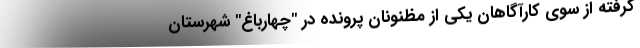
گرفته از سوی کارآگاهان یکی از مظنونان پرونده در "چهارباغ" شهرستان